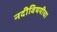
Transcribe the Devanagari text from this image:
नदीविषयीचा